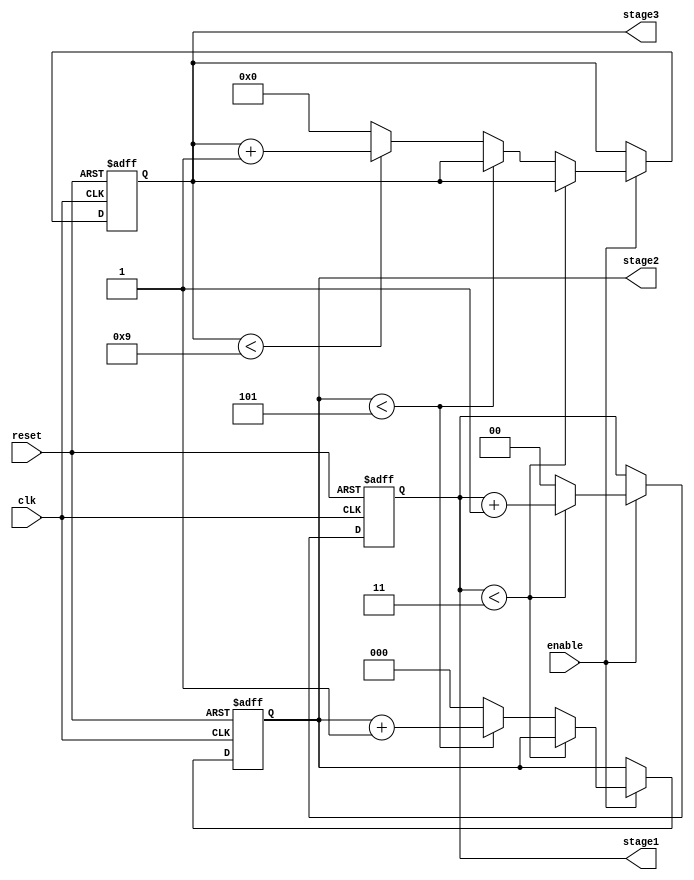
module mixed_radix_counter #(
    parameter RADIX_1 = 4, // Stage 1 radix
    parameter RADIX_2 = 6, // Stage 2 radix
    parameter RADIX_3 = 10 // Stage 3 radix
)(
    input wire clk,         // Clock signal
    input wire reset,       // Asynchronous reset
    input wire enable,      // Enable signal for counting
    output reg [1:0] stage1, // Stage 1 output (2 bits for 0-3)
    output reg [2:0] stage2, // Stage 2 output (3 bits for 0-5)
    output reg [3:0] stage3  // Stage 3 output (4 bits for 0-9)
);

    // Internal counter for each stage
    always @(posedge clk or posedge reset) begin
        if (reset) begin
            // Reset all stages
            stage1 <= 0;
            stage2 <= 0;
            stage3 <= 0;
        end
        else if (enable) begin
            // Counting logic
            if (stage1 < RADIX_1 - 1) begin
                stage1 <= stage1 + 1; // Increment stage 1
            end
            else begin
                stage1 <= 0; // Reset stage 1
                if (stage2 < RADIX_2 - 1) begin
                    stage2 <= stage2 + 1; // Increment stage 2
                end
                else begin
                    stage2 <= 0; // Reset stage 2
                    if (stage3 < RADIX_3 - 1) begin
                        stage3 <= stage3 + 1; // Increment stage 3
                    end
                    else begin
                        stage3 <= 0; // Reset stage 3 on overflow
                    end
                end
            end
        end
    end

endmodule